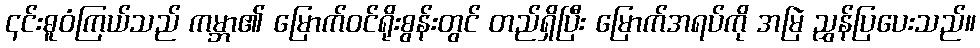
၎င်းဓူဝံကြယ်သည် ကမ္ဘာ၏ မြောက်ဝင်ရိုးစွန်းတွင် တည်ရှိပြီး မြောက်အရပ်ကို အမြဲ ညွှန်ပြပေးသည်။